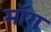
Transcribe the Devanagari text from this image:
माॅग